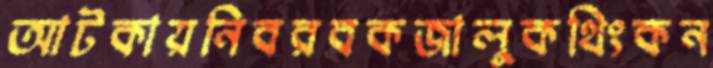
আটকায়নিবরবকজালুকথিংকন